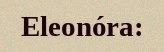
Eleonóra: